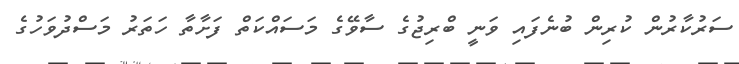
ސަރުކާރުން ކުރިން ބުނެފައި ވަނީ ބްރިޖުގެ ސާވޭގެ މަސައްކަތް ފަށާތާ ހަތަރު މަސްދުވަހުގެ